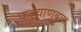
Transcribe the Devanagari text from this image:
कल्याणबुवा